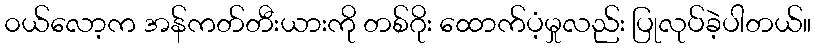
၀ယ်လော့က အန်ကတ်တီးယားကို တစ်ဂိုး ထောက်ပံ့မှုလည်း ပြုလုပ်ခဲ့ပါတယ်။